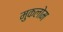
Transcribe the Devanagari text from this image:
मुकलोम